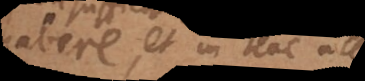
habere, et in hac